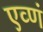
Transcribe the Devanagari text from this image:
एव्णं